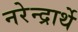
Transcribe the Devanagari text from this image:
नरेन्द्रार्थे